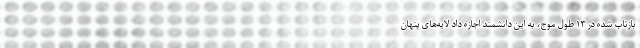
بازتاب شده در ۱۳ طول موج، به این دانشمند اجازه داد لایه‌های پنهان